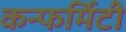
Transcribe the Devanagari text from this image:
कन्फर्मिटी